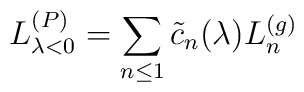
L_{\lambda <0}^{(P)}=\sum_{n\leq 1}\tilde{c}_{n}(\lambda )L_{n}^{(g)}